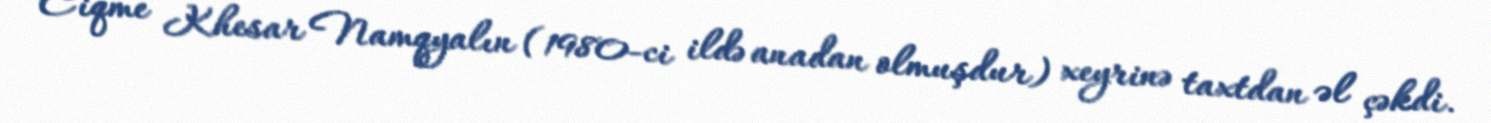
Ciqme Khesar Namqyalın (1980-ci ildə anadan olmuşdur) xeyrinə taxtdan əl çəkdi.